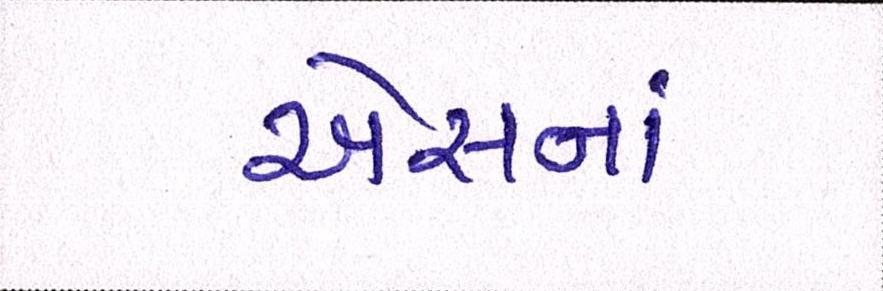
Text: એસનાં